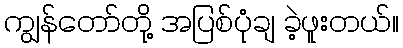
ကျွန်တော်တို့ အပြစ်ပုံချ ခဲ့ဖူးတယ်။